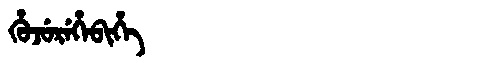
Manchu: ᡥᡠᠵᡠᡵᡝᡥᡝᠪᡳᡥᡝ
Romanization: HUJUREHEBIHE